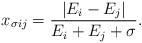
LaTeX: \begin{align*}x_{\sigma ij} = {|E_i - E_j|\over E_i + E_j + \sigma}.\end{align*}